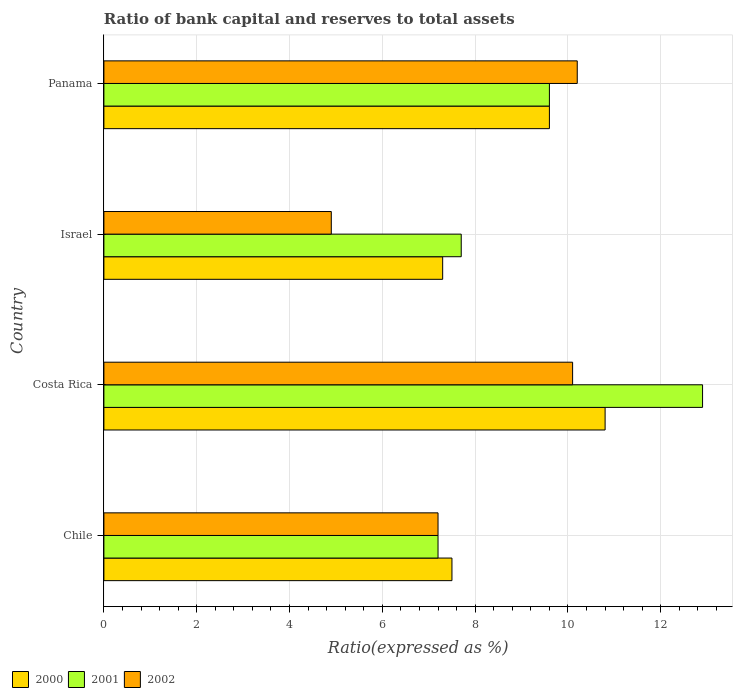
| Country | 2000 | 2001 | 2002 |
 | --- | --- | --- | --- |
 | Chile | 7.5 | 7.2 | 7.2 |
 | Costa Rica | 10.8 | 12.9 | 10.1 |
 | Israel | 7.3 | 7.7 | 4.9 |
 | Panama | 9.6 | 9.6 | 10.2 |